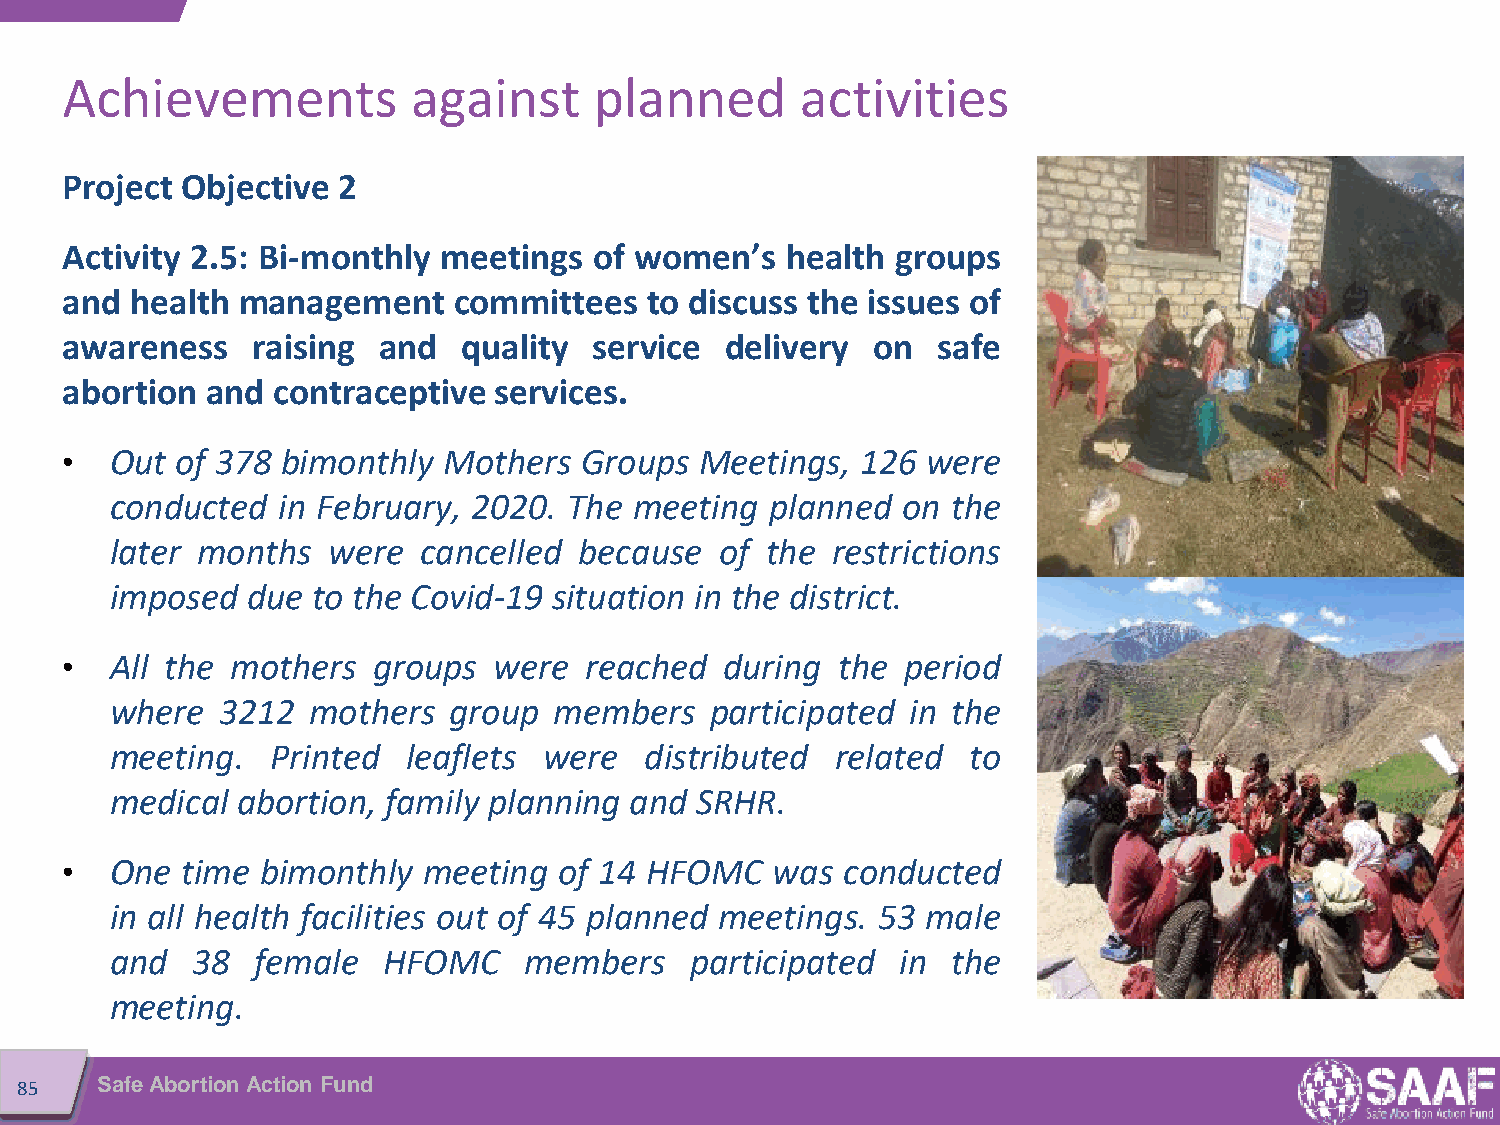
Achievements           against     planned       activities
 Project Objective 2
 Activity 2.5: Bi-monthly meetings  of women’s   health groups
 and  health management    committees   to discuss the issues of
 awareness    raising and   quality service  delivery  on  safe
 abortion  and contraceptive  services.
 •  Out  of 378 bimonthly Mothers  Groups  Meetings,  126 were
 conducted  in February, 2020.  The meeting  planned  on the
 later months   were  cancelled because   of the restrictions
 imposed  due  to the Covid-19 situation in the district.
 •  All the mothers   groups  were  reached  during the  period
 where  3212  mothers   group  members   participated in the
 meeting.   Printed  leaflets were   distributed related  to
 medical  abortion, family planning and SRHR.
 •  One  time bimonthly  meeting  of 14 HFOMC   was  conducted
 in all health facilities out of 45 planned meetings. 53 male
 and   38  female  HFOMC     members    participated  in the
 meeting.
 85   Safe Abortion Action Fund